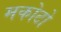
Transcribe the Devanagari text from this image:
मकोटो